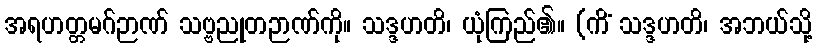
အရဟတ္တမဂ်ဉာဏ် သဗ္ဗညုတဉာဏ်ကို။ သဒ္ဒဟတိ၊ ယုံကြည်၏။ (ကိံ သဒ္ဒဟတိ၊ အဘယ်သို့